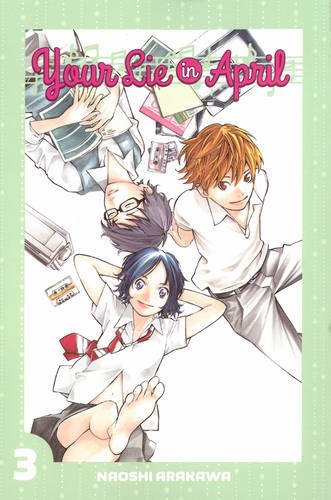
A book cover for Your Lie in April 3; Naoshi Arakawa; Comics & Graphic Novels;